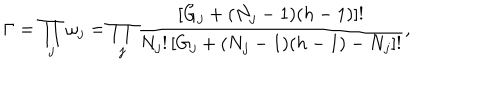
LaTeX: \Gamma = \prod _ { j } \omega _ { j } = \prod _ { j } \frac { \left[ G _ { j } + ( N _ { j } - 1 ) ( h - 1 ) \right] ! } { N _ { j } ! \left[ G _ { j } + ( N _ { j } - 1 ) ( h - 1 ) - N _ { j } \right] ! } ,